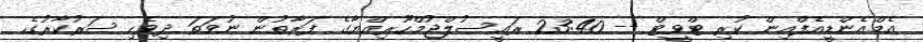
އެމްއެންޑީއެފްއިން ކުރި ޓްވީޓް -- 23:40 ރައީސުލްޖުމްހޫރިއްޔާގެ ފަރާތުން ނުވަތަ ދިވެހި ސަރުކާރުގެ